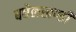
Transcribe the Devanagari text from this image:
बघेलखण्डी